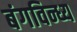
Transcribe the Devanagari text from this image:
बंगविन्ध्य